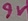
Text: 9V